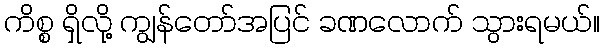
ကိစ္စ ရှိလို့ ကျွန်တော်အပြင် ခဏလောက် သွားရမယ်။